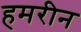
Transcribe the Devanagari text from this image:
हमरीन